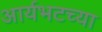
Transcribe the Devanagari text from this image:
आर्यभटच्या